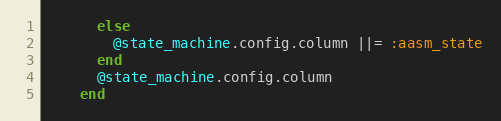
Language: Ruby
      else
        @state_machine.config.column ||= :aasm_state
      end
      @state_machine.config.column
    end